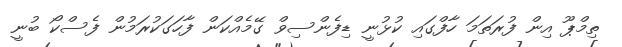
ތިމްޕޫ އިން ފުރަތަމަ ހާފްގައި ކުޅުނީ ޑިފެންސިވް ގޭމެއްކަން ފާހަގަކުރަމުން ފެސްކޯ ބުނީ